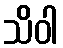
သိဝါ